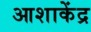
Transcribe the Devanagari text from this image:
आशाकेंद्र